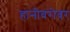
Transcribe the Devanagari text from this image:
हानीबरोबर